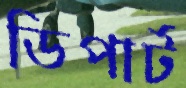
ডিপার্ট